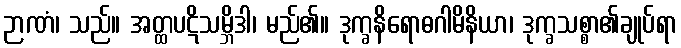
ဉာဏံ၊ သည်။ အတ္ထပဋိသမ္ဘိဒါ၊ မည်၏။ ဒုက္ခနိရောဓဂါမိနိယာ၊ ဒုက္ခသစ္စာ၏ချုပ်ရာ